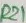
Text: R21